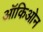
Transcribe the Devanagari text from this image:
ऑकिओन